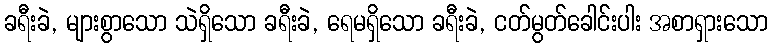
ခရီးခဲ, များစွာသော သဲရှိသော ခရီးခဲ, ရေမရှိသော ခရီးခဲ, ငတ်မွတ်ခေါင်းပါး အစာရှားသော